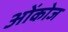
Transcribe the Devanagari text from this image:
ओंकोज